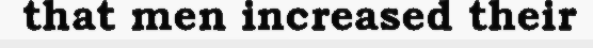
that men increased their